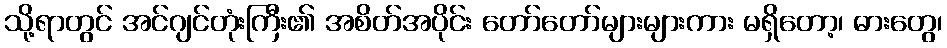
သို့ရာတွင် အင်ဂျင်တုံးကြီး၏ အစိတ်အပိုင်း တော်တော်များများကား မရှိတော့၊ ဓားတွေ၊